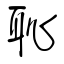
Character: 恥